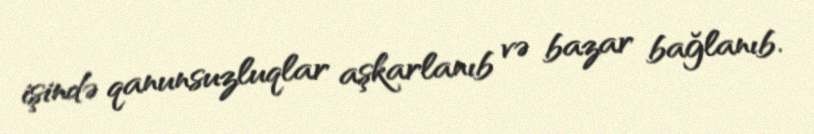
işində qanunsuzluqlar aşkarlanıb və bazar bağlanıb.